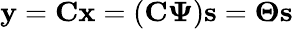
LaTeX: \mathbf{y}=\mathbf{C}\mathbf{x}=(\mathbf{C\Psi})\mathbf{s}=\boldsymbol{\Theta}\mathbf{s}